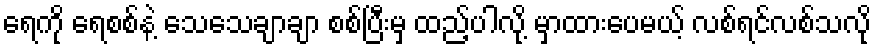
ရေကို ရေစစ်နဲ့ သေသေချာချာ စစ်ပြီးမှ ထည့်ပါလို့ မှာထားပေမယ့် လစ်ရင်လစ်သလို